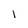
Character: l